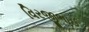
વિરજીભાઈ